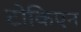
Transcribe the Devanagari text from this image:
टोकिएन